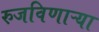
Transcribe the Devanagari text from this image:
रुजविणाऱ्या